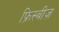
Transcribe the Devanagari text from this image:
फ्रिस्बीज़